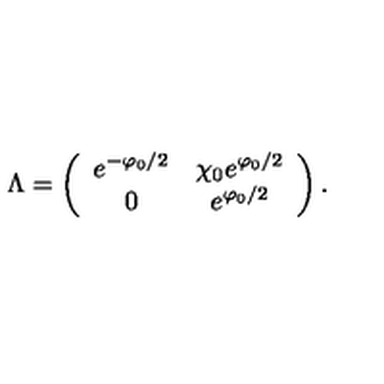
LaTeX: \Lambda = \left( \begin{array} { c c } { e ^ { - \varphi _ { 0 } / 2 } } & { \chi _ { 0 } e ^ { \varphi _ { 0 } / 2 } } \\ { 0 } & { e ^ { \varphi _ { 0 } / 2 } } \\ \end{array} \right) .